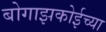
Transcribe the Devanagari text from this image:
बोगाझकोईच्या